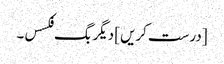
[درست کریں] دیگر بگ فکسس۔